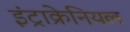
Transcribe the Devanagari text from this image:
इंट्राक्रेनियल